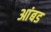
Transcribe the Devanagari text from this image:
आंबड